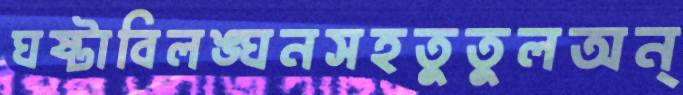
ঘষ্‌টাবিলঙ্ঘনসহতুতুলঅন্